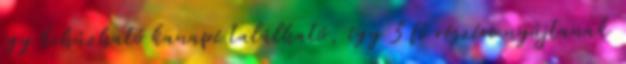
egy kihúzható kanapé található, így 3 fő részére nyújtanak